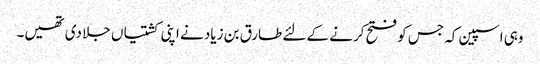
وہی اسپین کہ جس کو فتح کرنے کے لئے طارق بن زیاد نے اپنی کشتیاں جلا دی تھیں۔